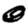
Digit: 0